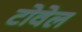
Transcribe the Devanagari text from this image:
टोवेल